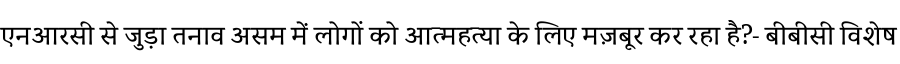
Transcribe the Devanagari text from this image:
एनआरसी से जुड़ा तनाव असम में लोगों को आत्महत्या के लिए मज़बूर कर रहा है?- बीबीसी विशेष